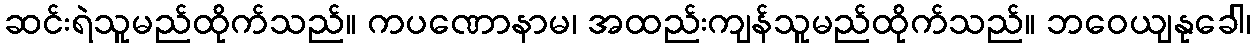
ဆင်းရဲသူမည်ထိုက်သည်။ ကပဏောနာမ၊ အထည်းကျန်သူမည်ထိုက်သည်။ ဘဝေယျနုခေါ၊